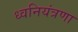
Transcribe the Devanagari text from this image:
ध्वनियंत्रणा